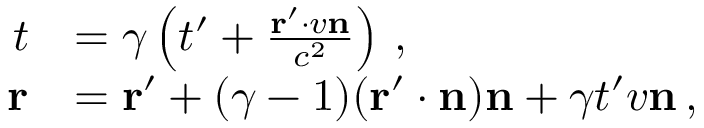
{ \begin{array} { r l } { t } & { = \gamma \left( t ^ { \prime } + { \frac { \mathbf { r } ^ { \prime } \cdot v \mathbf { n } } { c ^ { 2 } } } \right) \, , } \\ { \mathbf { r } } & { = \mathbf { r } ^ { \prime } + ( \gamma - 1 ) ( \mathbf { r } ^ { \prime } \cdot \mathbf { n } ) \mathbf { n } + \gamma t ^ { \prime } v \mathbf { n } \, , } \end{array} }